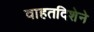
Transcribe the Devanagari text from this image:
वाहतदिशेने